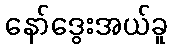
နော်ဒွေးအယ်ခူ